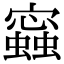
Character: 𧒧